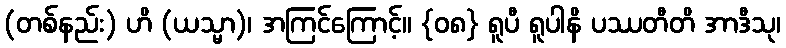
(တစ်နည်း) ဟိ (ယသ္မာ)၊ အကြင်ကြောင့်။ {၀၈} ရူပီ ရူပါနိ ပဿတီတိ အာဒီသု၊